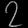
Digit: ၇